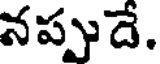
నప్పుదే.